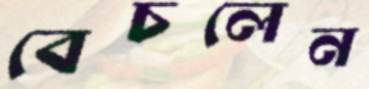
বেচলেন